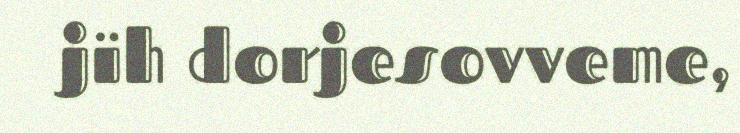
jïh dorjesovveme,